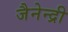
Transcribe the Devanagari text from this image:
जैनेन्द्री